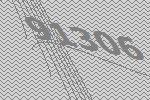
91306